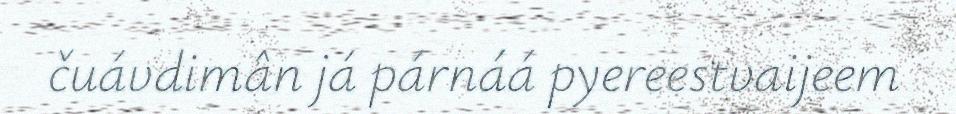
čuávdimân já párnáá pyereestvaijeem